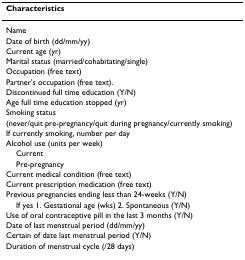
| Characteristics |
 | --- |
 | Name |
 | Date of birth (dd/mm/yy) |
 | Current age (yr) |
 | Marital status (married/cohabitating/single) |
 | Occupation (free text) |
 | Partner's occupation (free text). |
 | Discontinued full time education (Y/N) |
 | Age full time education stopped (yr) |
 | Smoking status |
 | (never/quit pre-pregnancy/quit during pregnancy/currently smoking) |
 | If currently smoking, number per day |
 | Alcohol use (units per week) |
 | Current |
 | Pre-pregnancy |
 | Current medical condition (free text) |
 | Current prescription medication (free text) |
 | Previous pregnancies ending less than 24-weeks (Y/N) |
 | If yes 1. Gestational age (wks) 2. Spontaneous (Y/N) |
 | Use of oral contraceptive pill in the last 3 months (Y/N) |
 | Date of last menstrual period (dd/mm/yy) |
 | Certain of date last menstrual period (Y/N) |
 | Duration of menstrual cycle (/28 days) |